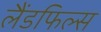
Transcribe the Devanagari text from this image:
लैंडफिल्स